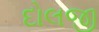
દોલજી